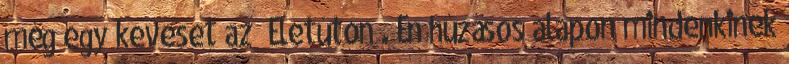
még egy keveset az „Életúton”. Én húzásos alapon mindenkinek